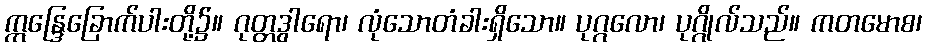
ဣန္ဒြေခြောက်ပါးတို့၌။ ဂုတ္တဒွါရော၊ လုံသောတံခါးရှိသော။ ပုဂ္ဂလော၊ ပုဂ္ဂိုလ်သည်။ ကတမောစ၊